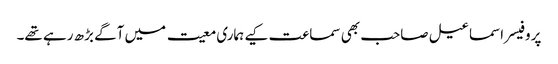
پروفیسر اسماعیل صاحب بھی سماعت کیے ہماری معیت میں آگے بڑھ رہے تھے۔